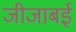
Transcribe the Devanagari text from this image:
जीजाबई